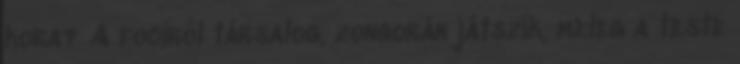
kora? A fociról társalog, zongorán játszik, meleg a teste